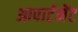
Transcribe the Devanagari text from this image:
आपार्टमेंट